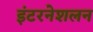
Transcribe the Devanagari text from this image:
इंटरनेशलन